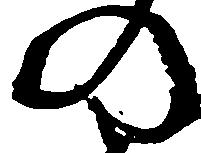
の